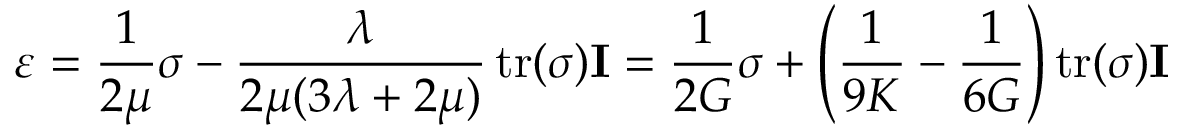
{ \boldsymbol { \varepsilon } } = { \frac { 1 } { 2 \mu } } { \boldsymbol { \sigma } } - { \frac { \lambda } { 2 \mu ( 3 \lambda + 2 \mu ) } } \operatorname { t r } ( { \boldsymbol { \sigma } } ) \mathbf { I } = { \frac { 1 } { 2 G } } { \boldsymbol { \sigma } } + \left( { \frac { 1 } { 9 K } } - { \frac { 1 } { 6 G } } \right) \operatorname { t r } ( { \boldsymbol { \sigma } } ) \mathbf { I }